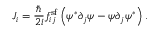
J _ { i } = \frac { \hbar } { 2 i } f _ { i j } ^ { \mathrm { s f } } \left( \psi ^ { * } \partial _ { j } \psi - \psi \partial _ { j } \psi ^ { * } \right) .